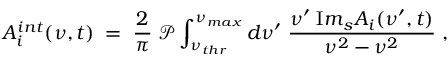
A _ { i } ^ { i n t } ( \nu , t ) \; = \; { \frac { 2 } { \pi } } \; { \mathcal P } \int _ { \nu _ { t h r } } ^ { \nu _ { m a x } } d \nu ^ { \prime } \; { \frac { \nu ^ { \prime } \; { \mathrm I m } _ { s } A _ { i } ( \nu ^ { \prime } , t ) } { \nu ^ { 2 } - \nu ^ { 2 } } } \; ,